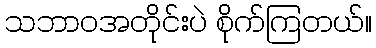
သဘာဝအတိုင်းပဲ စိုက်ကြတယ်။